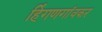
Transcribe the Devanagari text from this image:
हिंगणगांवकर